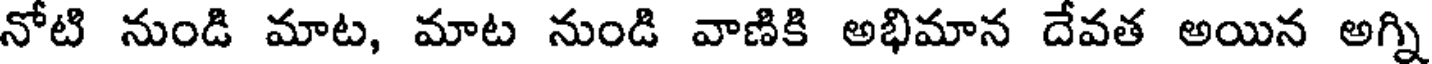
నోటి నుండి మాట, మాట నుండి వాణికి అభిమాన దేవత అయిన అగ్ని